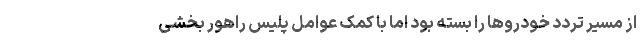
از مسیر تردد خودروها را بسته بود اما با کمک عوامل پلیس راهور بخشی